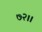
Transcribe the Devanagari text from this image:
७२।।